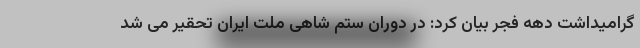
گرامیداشت دهه فجر بیان کرد: در دوران ستم شاهی ملت ایران تحقیر می شد